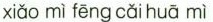
xiǎo mì fēng cǎi huā mì